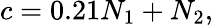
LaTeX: c=0.21N_{1}+N_{2},